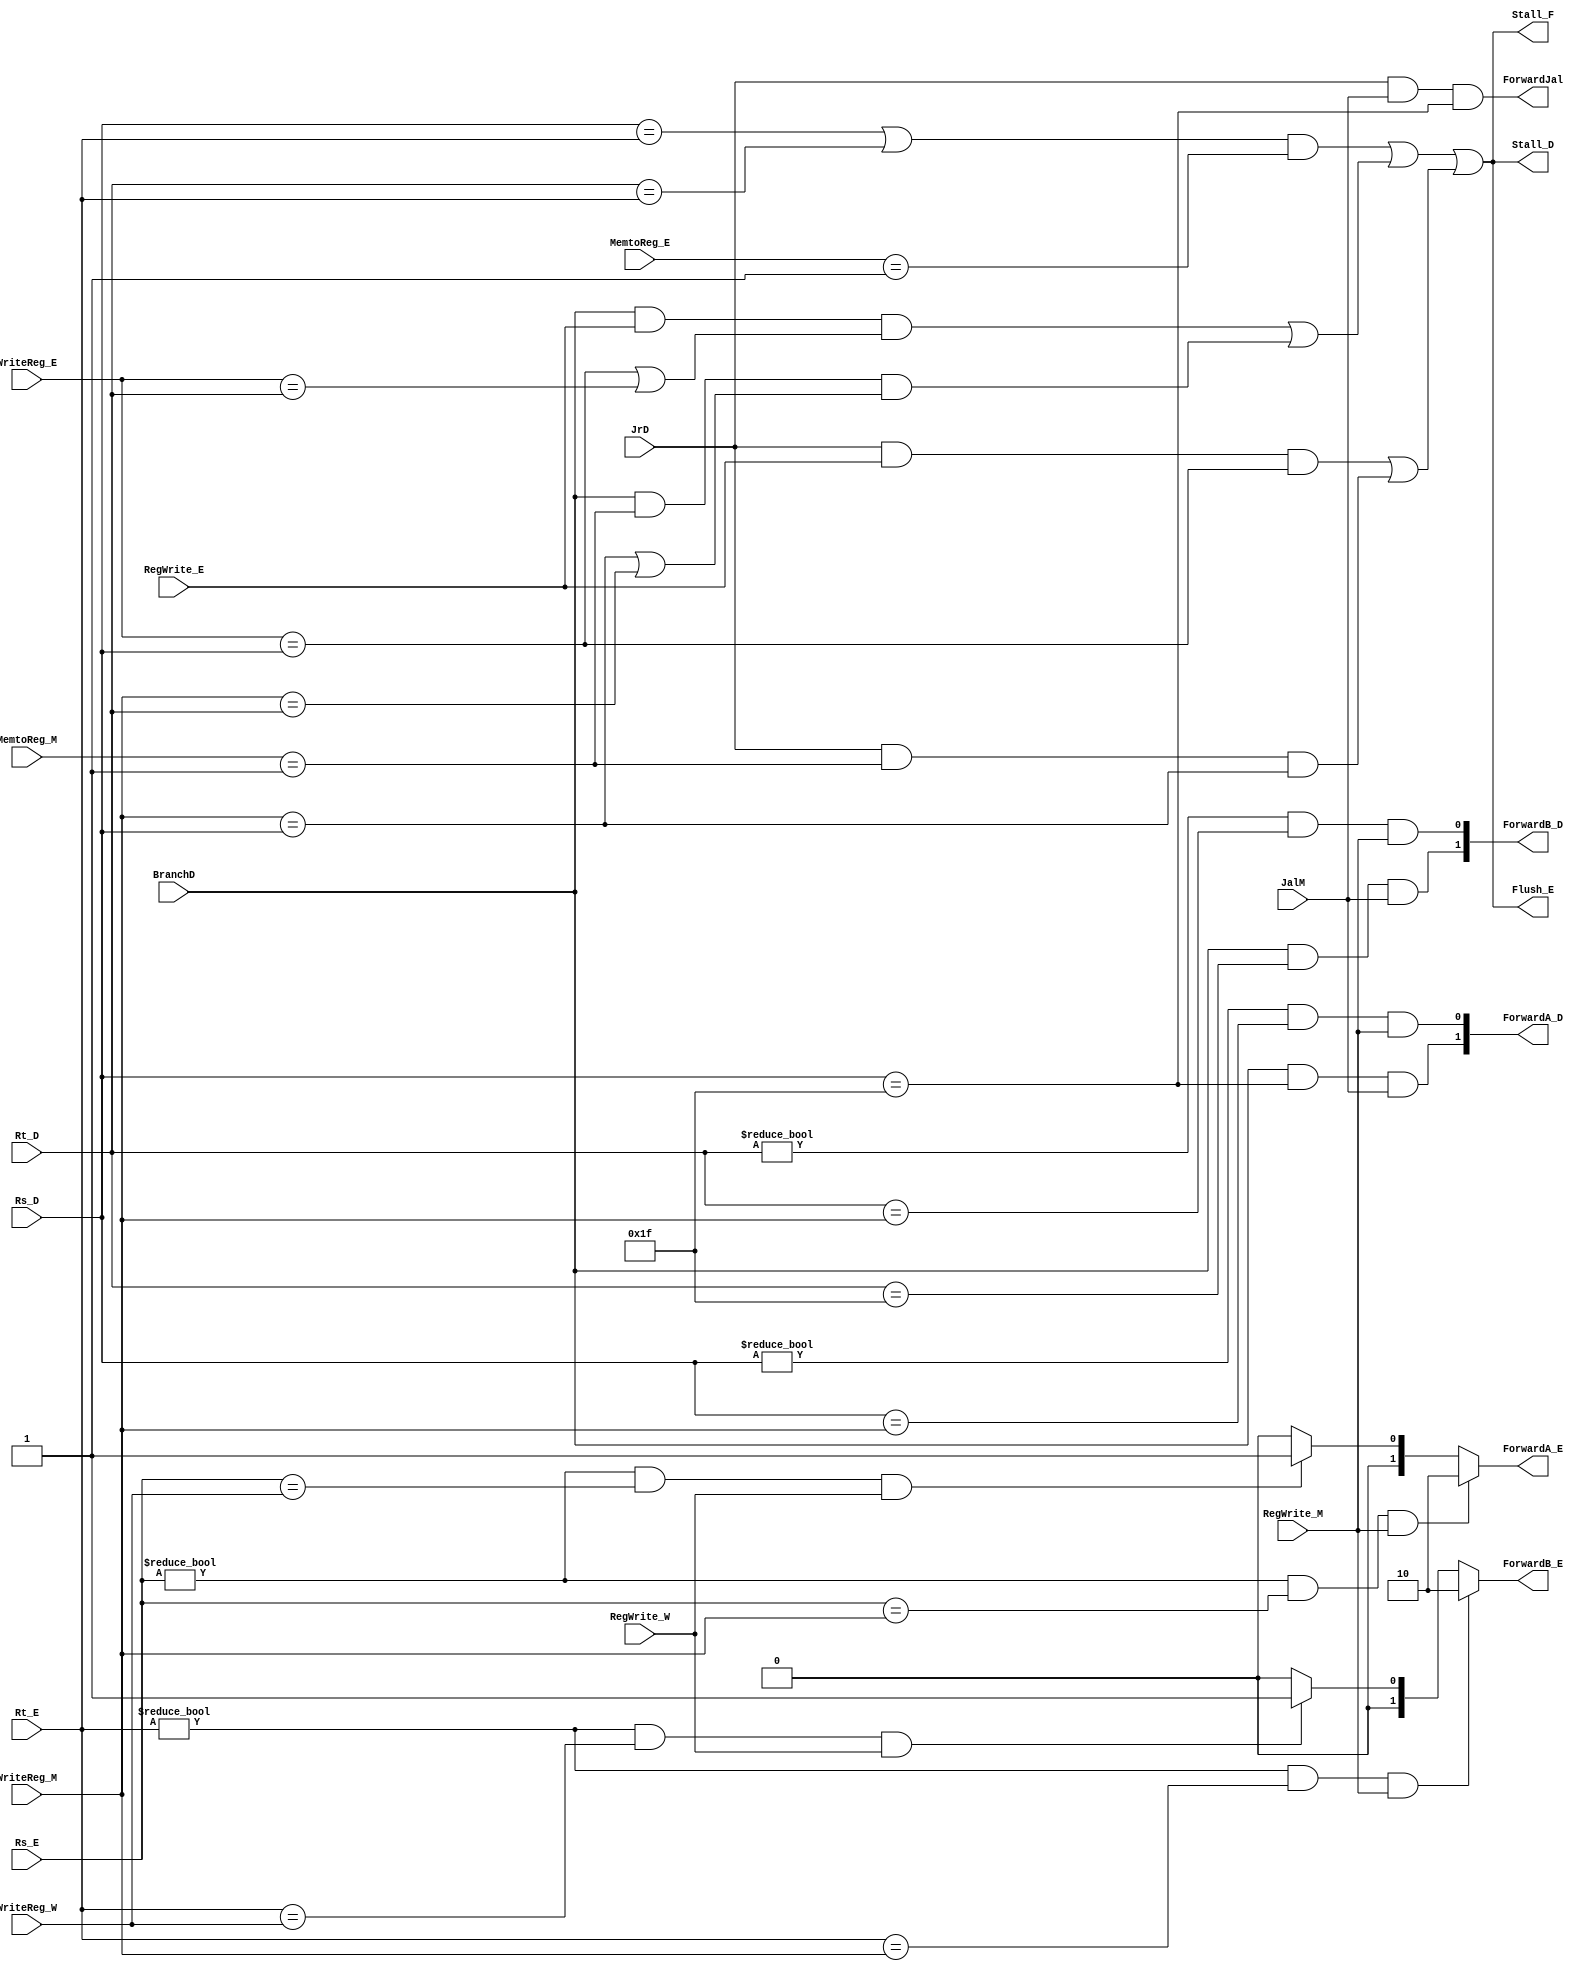
`timescale 1ns / 1ps
//////////////////////////////////////////////////////////////////////////////////
// Company: 
// Engineer: 
// 
// Design Name: 
// Module Name:    hazard 
// Project Name: 
// Target Devices: 
// Tool versions: 
// Description: 
//
// Dependencies: 
//
// Revision: 
// Revision 0.01 - File Created
// Additional Comments: 
//
//////////////////////////////////////////////////////////////////////////////////
module Hazard(
	 input [4:0] Rs_D,
	 input [4:0] Rt_D,
	 input [4:0] Rs_E,
	 input [4:0] Rt_E,
	 input [4:0] WriteReg_E,
	 input [4:0] WriteReg_M,
	 input [4:0] WriteReg_W,
	 input BranchD,
	 input JrD,
	 input JalM,
	 input [1:0] MemtoReg_E,
	 input RegWrite_E,
	 input [1:0] MemtoReg_M,
	 input RegWrite_M,
	 input RegWrite_W,
	 
	 output [1:0] ForwardA_D,
	 output [1:0] ForwardB_D,
	 output reg [1:0] ForwardA_E,
	 output reg [1:0] ForwardB_E,
	 output  Stall_F,
	 output  Stall_D,
	 output Flush_E,
	 output ForwardJal
    );
	 
	 wire lwstall, branchstall, jrstall;
	 
	 always @(*) begin
		if(Rs_E!=5'b00000 && Rs_E==WriteReg_M && RegWrite_M)
			ForwardA_E = 2'b10;
		else if(Rs_E!=5'b00000 && Rs_E==WriteReg_W && RegWrite_W)
			ForwardA_E = 2'b01;
		else ForwardA_E = 2'b00;			// ForwardA_E
		
		if(Rt_E!=5'b00000 && Rt_E==WriteReg_M && RegWrite_M)
			ForwardB_E = 2'b10;
		else if(Rt_E!=5'b00000 && Rt_E==WriteReg_W && RegWrite_W)
			ForwardB_E = 2'b01;
		else ForwardB_E = 2'b00;			// ForwardB_E				/*EXALUMEWB*/
	 end
	 
	 assign lwstall = (Rs_D==Rt_E || Rt_D==Rt_E) && (MemtoReg_E==2'b01);			//lw
	 assign branchstall = (BranchD && RegWrite_E && (WriteReg_E==Rs_D || WriteReg_E==Rt_D)) ||	// Ex
								 (BranchD && MemtoReg_M==2'b01 && (WriteReg_M==Rs_D || WriteReg_M==Rt_D));		// lwMEM
	 assign jrstall = (JrD && RegWrite_E && WriteReg_E==Rs_D ) ||
							 (JrD && MemtoReg_M==2'b01 && WriteReg_M==Rs_D);			
	 
								 
	 assign Stall_F = (lwstall || branchstall || jrstall);
	 assign Stall_D = (lwstall || branchstall || jrstall);
	 assign Flush_E = (lwstall || branchstall || jrstall);
	 
	 assign ForwardA_D = {(BranchD && (Rs_D==31) && JalM),((Rs_D!=0) && (Rs_D==WriteReg_M) && RegWrite_M)};		
	 assign ForwardB_D = {(BranchD && (Rt_D==31) && JalM),((Rt_D!=0) && (Rt_D==WriteReg_M) && RegWrite_M)};		// beqMEMID
	 
	 assign ForwardJal = JrD && JalM && (Rs_D==31);  // jal nop jr

endmodule